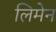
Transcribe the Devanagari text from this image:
लिमेन